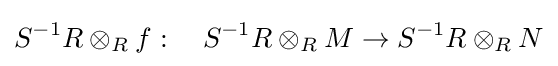
S^{-1}R\otimes _{R}f:\quad S^{-1}R\otimes _{R}M\to S^{-1}R\otimes _{R}N